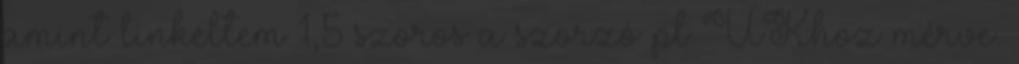
amint linkeltem 1,5 szoros a szorzó pl UKhoz mérve.